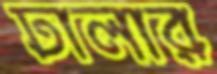
ঢালার